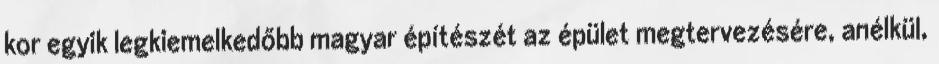
kor egyik legkiemelkedőbb magyar építészét az épület megtervezésére, anélkül,